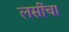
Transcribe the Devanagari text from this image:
लसींचा